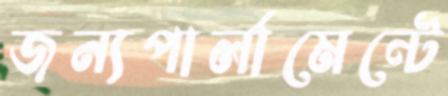
জন্যপার্লামেন্টে